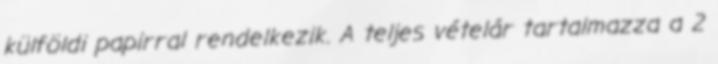
külföldi papirral rendelkezik. A teljes vételár tartalmazza a 2